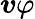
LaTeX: \boldsymbol{v}\varphi